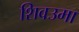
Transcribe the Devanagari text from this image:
शिवउमा